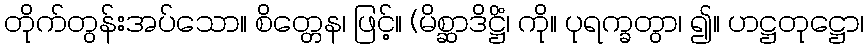
တိုက်တွန်းအပ်သော။ စိတ္တေန၊ ဖြင့်။ (မိစ္ဆာဒိဋ္ဌိံ၊ ကို။ ပုရက္ခတွာ၊ ၍။ ဟဋ္ဌတုဋ္ဌော၊